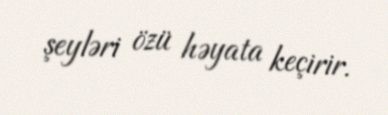
şeyləri özü həyata keçirir.